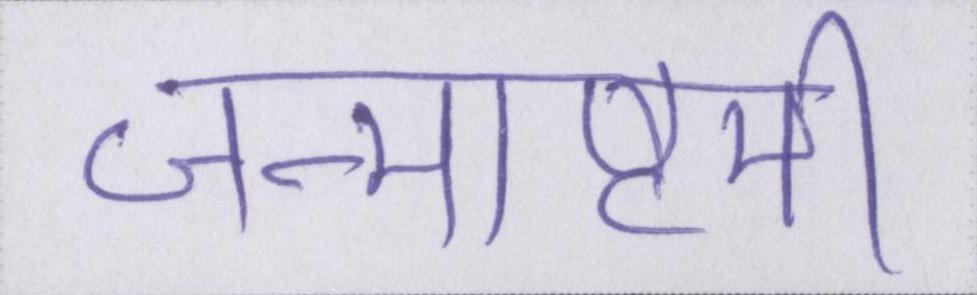
जन्माष्टमी